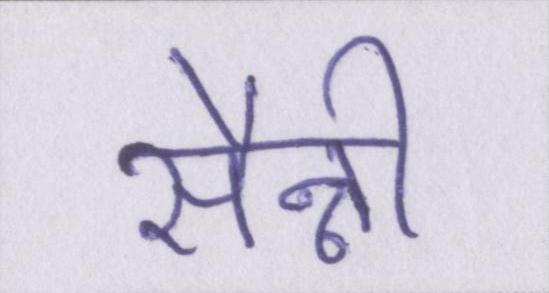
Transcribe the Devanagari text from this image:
सैन्नी